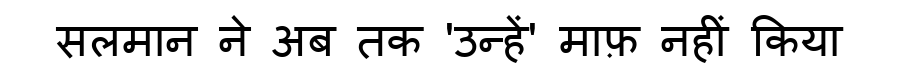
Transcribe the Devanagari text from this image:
सलमान ने अब तक 'उन्हें' माफ़ नहीं किया